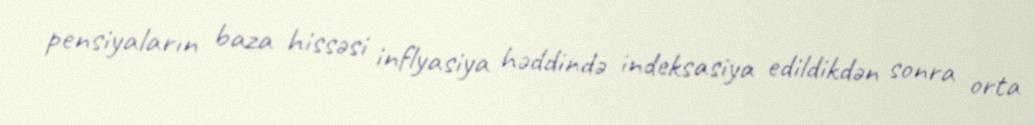
pensiyaların baza hissəsi inflyasiya həddində indeksasiya edildikdən sonra orta